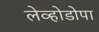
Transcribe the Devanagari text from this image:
लेव्होडोपा